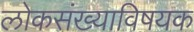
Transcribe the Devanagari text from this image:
लोकसंख्याविषयक